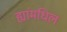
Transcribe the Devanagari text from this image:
ह्यांमधिल